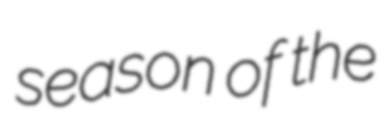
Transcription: season of the